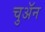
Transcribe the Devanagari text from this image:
चुअॅन